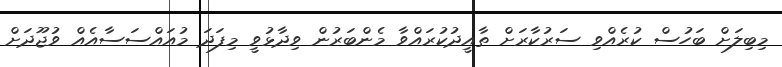
މިބިލަށް ބަހުސް ކުރެއްވި ސަރުކާރަށް ތާއީދުކުރައްވާ މެންބަރުން ވިދާޅުވީ މިފަދަ މުއައްސަސާއެއް ވުޖޫދަށް